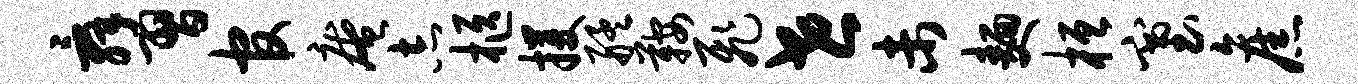
舜习官庵志柩攫艋鞍飞世未面桓塞旧